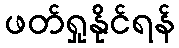
ဖတ်ရှုနိုင်ရန်